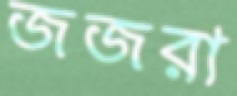
জজরা